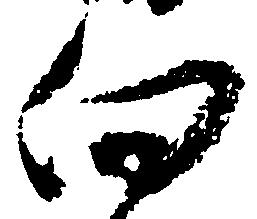
向